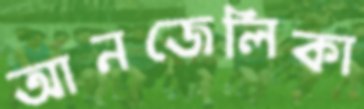
আনজেলিকা